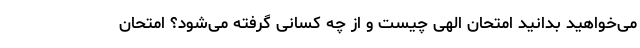
می‌خواهید بدانید امتحان الهی چیست و از چه کسانی گرفته می‌شود؟ امتحان